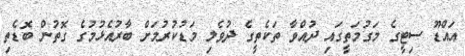
އައްޑޫ ސިޓީގެ މަގުމަތީގައި ދުއްވާ ތަކެތީގެ ދުވެލި މަޑުކުރުމަށް ބާރުއެޅުމުގެ ގޮތުން ބޮޑެތި